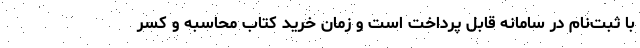
با ثبت‌نام در سامانه قابل پرداخت است و زمان خرید کتاب محاسبه و کسر